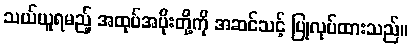
သယ်ယူရမည့် အထုပ်အပိုးတို့ကို အဆင်သင့် ပြုလုပ်ထားသည်။